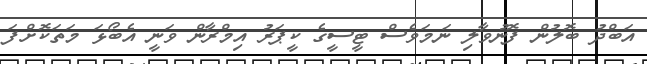
އަބްދު ބޮލުން ފޮނުވާލި ނަމަވެސް ޓީސީގެ ކީޕަރު އިމްރާން ވަނީ އެބޯޅަ މަތަކޮށްފަ